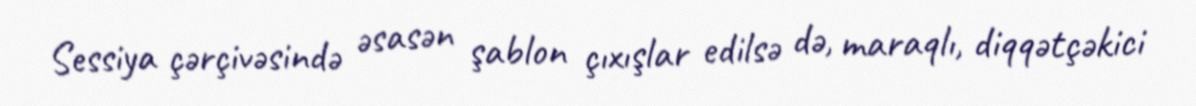
Sessiya çərçivəsində əsasən şablon çıxışlar edilsə də, maraqlı, diqqətçəkici